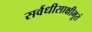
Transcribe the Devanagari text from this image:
सर्वधीसाक्षीभूतं